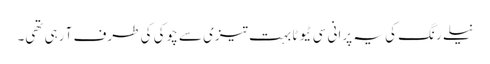
نیلے رنگ کی یہ پرانی سی ٹیوٹا بہت تیزی سے چوکی کی طرف آ رہی تھی۔